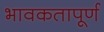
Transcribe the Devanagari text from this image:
भावकतापूर्ण